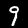
Label: 9